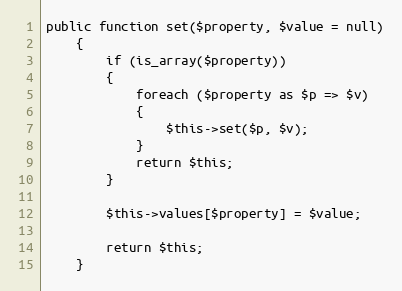
Language: PHP
public function set($property, $value = null)
	{
		if (is_array($property))
		{
			foreach ($property as $p => $v)
			{
				$this->set($p, $v);
			}
			return $this;
		}

		$this->values[$property] = $value;

		return $this;
	}